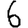
Digit: 6